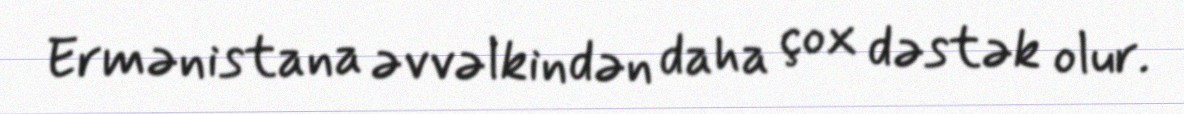
Ermənistana əvvəlkindən daha çox dəstək olur.